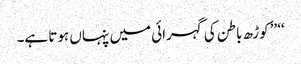
‘‘ ’’کوڑھ باطن کی گہرائی میں پنہاں ہوتا ہے۔